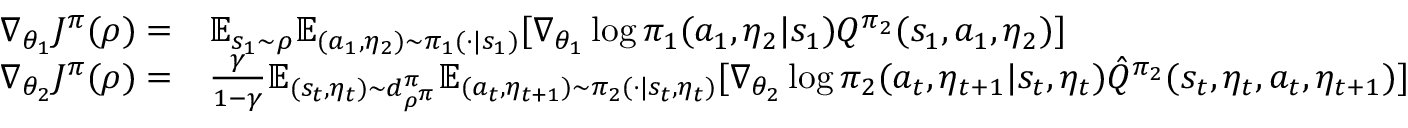
\begin{array} { r l } { \nabla _ { \theta _ { 1 } } J ^ { \pi } ( \rho ) = } & { \mathbb { E } _ { s _ { 1 } \sim \rho } \mathbb { E } _ { ( a _ { 1 } , \eta _ { 2 } ) \sim \pi _ { 1 } ( \cdot | s _ { 1 } ) } [ \nabla _ { \theta _ { 1 } } \log \pi _ { 1 } ( a _ { 1 } , \eta _ { 2 } | s _ { 1 } ) Q ^ { \pi _ { 2 } } ( s _ { 1 } , a _ { 1 } , \eta _ { 2 } ) ] } \\ { \nabla _ { \theta _ { 2 } } J ^ { \pi } ( \rho ) = } & { \frac { \gamma } { 1 - \gamma } \mathbb { E } _ { ( s _ { t } , \eta _ { t } ) \sim d _ { \rho ^ { \pi } } ^ { \pi } } \mathbb { E } _ { ( a _ { t } , \eta _ { t + 1 } ) \sim \pi _ { 2 } ( \cdot | s _ { t } , \eta _ { t } ) } [ \nabla _ { \theta _ { 2 } } \log \pi _ { 2 } ( a _ { t } , \eta _ { t + 1 } | s _ { t } , \eta _ { t } ) \hat { Q } ^ { \pi _ { 2 } } ( s _ { t } , \eta _ { t } , a _ { t } , \eta _ { t + 1 } ) ] } \end{array}